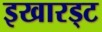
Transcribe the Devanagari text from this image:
इखारड्ट